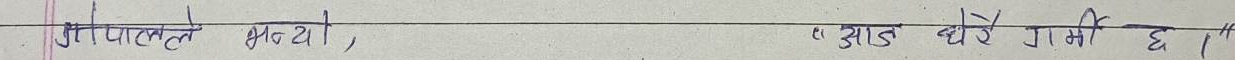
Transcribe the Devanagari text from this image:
जापानले भन्यो, "आज धेरै गर्मी छ ।"